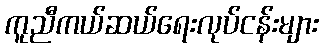
ကူညီကယ်ဆယ်ရေးလုပ်ငန်းများ